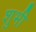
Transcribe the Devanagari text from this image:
शुभी